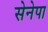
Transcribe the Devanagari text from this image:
सेनेपा